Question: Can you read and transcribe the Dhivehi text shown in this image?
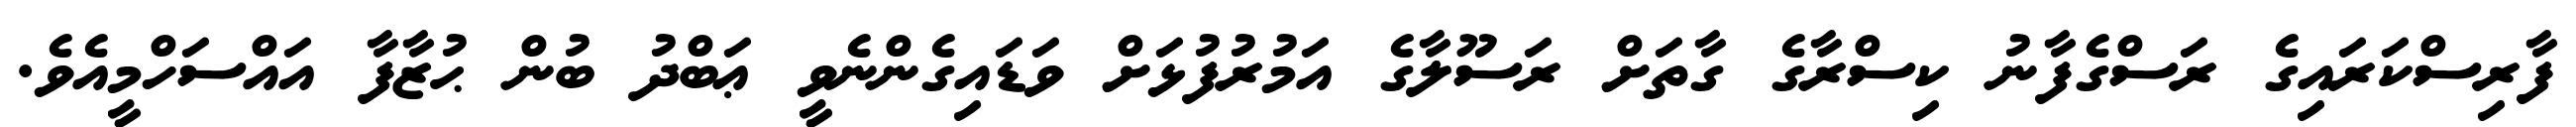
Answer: ފާރިސްކަރައިގެ ރަސްގެފާނު ކިސްރާގެ ގާތަށް ރަސޫލާގެ އަމުރުފުޅަށް ވަޑައިގެންނެވީ ޢަބްދު ބުން ޙުޒާފާ އައްސަހްމީއެވެ.